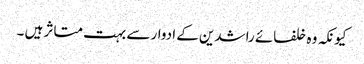
کیونکہ وہ خلفائے راشدین کے ادوار سے بہت متاثر ہیں ۔